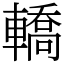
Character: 轎